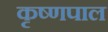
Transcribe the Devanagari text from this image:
कृष्णपाल